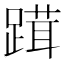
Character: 䠜